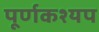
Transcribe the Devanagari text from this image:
पूर्णकश्यप